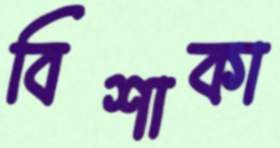
বিশাকা